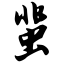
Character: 蜚